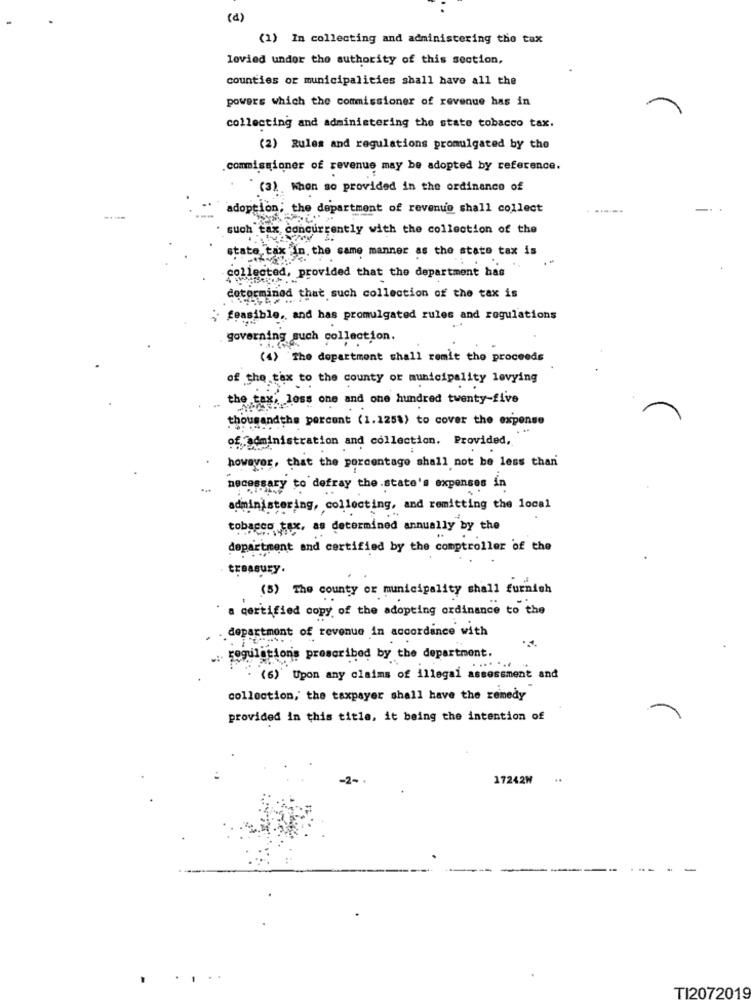
(d)
(1) In collecting and administering the tax
lovind undor the authority of this section,
counties or municipalities shall have all the
powers which the commissioner of revenue has in
collecting and administering the state tobacco tax.
(2) Rules and regulations promulgated by the
commissioner of revenue may be adopted by reference.
(3) When so provided in the ordinance of
adoption; the department of revenue shall collect
such tax concurrently with the collection of the
state tax in the same manner as the state tax is
collected, provided that the department has
determined that such collection of the tax is
; feasible. and has promulgated rules and regulations
governing such collection.
(4) The department shall remit the proceeds
of the tax to the county or municipality levying
tex: loss one and one hundred twenty-five
thousandthe porcont (1.1258) to cover the expense
of administration and collection. Provided,
however, that the percentage shall not be less than
"OBSADy to defray the.state's expenses in
administering, collecting, and remitting the local
OPEC9 , as determined annually by the
department and certified by the comptroller of the
trBABUEY.
(5) The county or municipality shall furnish
a certified copy of the adopting ordinance to the
department of revenue in accordance with
regulations prescribed by the department.
(6)" Upon any claims of illegal assessment and
collection, the taxpayer shall have the remedy
provided in this title, it being the intention of
17242W
-
TI2072019